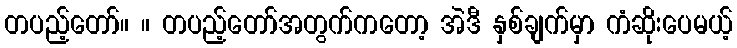
တပည့်တော်။ ။ တပည့်တော်အတွက်ကတော့ အဲဒီ နှစ်ချက်မှာ ကံဆိုးပေမယ့်